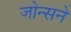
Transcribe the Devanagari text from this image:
जोन्सने